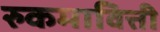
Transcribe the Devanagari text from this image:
रुकमावित्ती